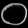
Digit: ၀